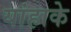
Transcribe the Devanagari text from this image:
यांहाके